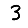
Digit: 3